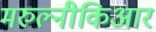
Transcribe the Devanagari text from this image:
मरुल्नीकिआर